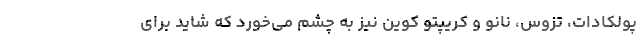
پولکادات، تزوس، نانو و کریپتو کوین نیز به چشم می‌خورد که شاید برای